Medical and sanitary report of the native army of Madras for the year
Year: 1872
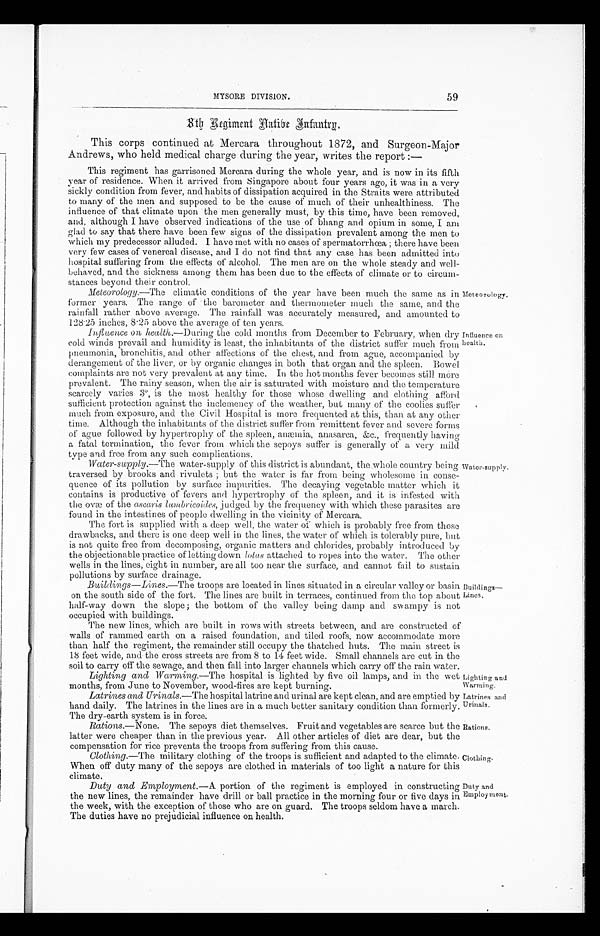
59
MYSORE DIVISION.
8 t h R e g i m e n t N a t i v e I n t a n t r y .
This corps continued at Mercara throughout 1872, and Surgeon-Major
Andrews, who held medical charge during the year, writes the report :
—
This regiment has garrisoned Mercara during the whole year, and is now in its fifth
year of residence. When it arrived from Singapore about four years ago, it was in a very
sickly condition from fever, and habits of dissipation acquired in the Straits were attributed
to many of the men and supposed to be the cause of much of their unhealthiness. The
influence of that climate upon the men generally must, by this time, have been removed,
and, although I have observed indications of the use of bhang and opium in some, I am
glad to say that there have been few signs of the dissipation prevalent among the men to
which my predecessor alluded. I have met with no cases of spermatorrhœa; there have been
very few cases of venereal disease, and I do not find that any case has been admitted into
hospital suffering from the effects of alcohol. The men are on the whole steady and well
-behaved, and the sickness among them has been due to the effects of climate or to circum
-stances beyond their control.
Meteorotogy.—The
climatic conditions of the year have been much the same as in
former years. The range of the barometer and thermometer much the same, and the
rainfall rather above average. The rainfall was accurately measured, and amounted to
128 . 25 inches, 8.25 above the average of ten years.
Influence on health. —During the cold months from December to February, when dry
cold winds prevail and humidity is least, the inhabitants of the district suffer much from
pneumonia, bronchitis, and other affections of the chest, and from ague, accompanied by
derangement of the liver, or by organic changes in both that organ and the spleen. Bowel
complaints are not very prevalent at any time. In the hot months fever becomes still more
prevalent. The rainy season, when the air is saturated with moisture and the temperature
scarcely varies 3°, is the most healthy for those whose dwelling and clothing afford
sufficient protection against the inclemency of the weather, but many of the coolies suffer
much from exposure, and the Civil Hospital is more frequented at this, than at any other
time. Although the inhabitants of the district suffer from remittent fever and severe forms
of ague followed by hypertrophy of the spleen, anæmia, anasarca, &c., frequently having
a fatal termination, the fever from which the sepoys suffer is generally of a very mild
type and free from any such complications.
Water-supply.— The water-supply of this district is abundant, the whole country being
traversed by brooks and rivulets; but the water is far from being wholesome in conse
-quence of its pollution by surface impurities. The decaying vegetable matter which it
contains is productive of fevers and hypertrophy of the spleen, and it is infested with
the ovæ of the ascaris lumbricoides, judged by the frequency with which these parasites are
found in the intestines of people dwelling in the vicinity of Mercara.
Meteorolog
y.
Influence on
health.
Water-supply.
The fort is supplied with a deep well, the water of Which is probably free from those
drawbacks, and there is one deep well in the lines, the water of which is tolerably pure, but
is not quite free from decomposing, organic matters and chlorides, probably introduced by
the objectionable practice of letting down lotas attached to ropes into the water. The other
wells in the lines, eight in number, are all too near the surface, and cannot fail to sustain
pollutions by surface drainage.
Buildings—Lines.— The troops are located in lines situated in a circular valley or basin
on the south side of the fort. The lines are built in terraces, continued from the top about
half-way down the slope; the bottom of the valley being damp and swampy is not
occupied with buildings.
The new lines, which are built in rows with streets between, and are constructed of
walls of rammed earth on a raised foundation, and tiled roofs, now accommodate more
than half the regiment, the remainder still occupy the thatched huts. The main street is
18 feet wide, and the cross streets are from 8 to 14 feet wide. Small channels are cut in the
soil to carry off the sewage, and then fall into larger channels which carry off the rain water.
Lighting and Warming. —The hospital is lighted by five oil lamps, and in the wet
months, from June to November, wood-fires are kept burning.
Latrines and Urinals.— The hospital latrine and urinal are kept clean, and are emptied by
hand daily. The latrines in the lines are in a much better sanitary condition than formerly.
The dry-earth system is in force.
Rations.— None.
The sepoys diet themselves. Fruit and vegetables are scarce but the
latter were cheaper than in the previous year. All other articles of diet are dear, but the
c o m p e n s a t i o n f o r r i c e p r e v e n t s t h e t r o o p s f r o m s u f f e r i n g f r o m t h i s c a u s e .
Clothing.—The military clothing of the troops is sufficient and adapted to the climate.
When off duty many of the sepoys are clothed in materials of too light a nature for this
climate.
Duty and Employment.— A portion of the regiment is employed in constructing
the new lines, the remainder have drill or ball practice in the morning four or five days in
the week, with the exception of those who are on guard. The troops seldom have a march.
The duties have no prejudicial influence on health.
Buildings—Lines.
Lighting and
Warming.
Latrines and
Urinals.
Rations.
Clothing.
Duty and
Employment.